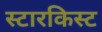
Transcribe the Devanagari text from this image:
स्टारकिस्ट